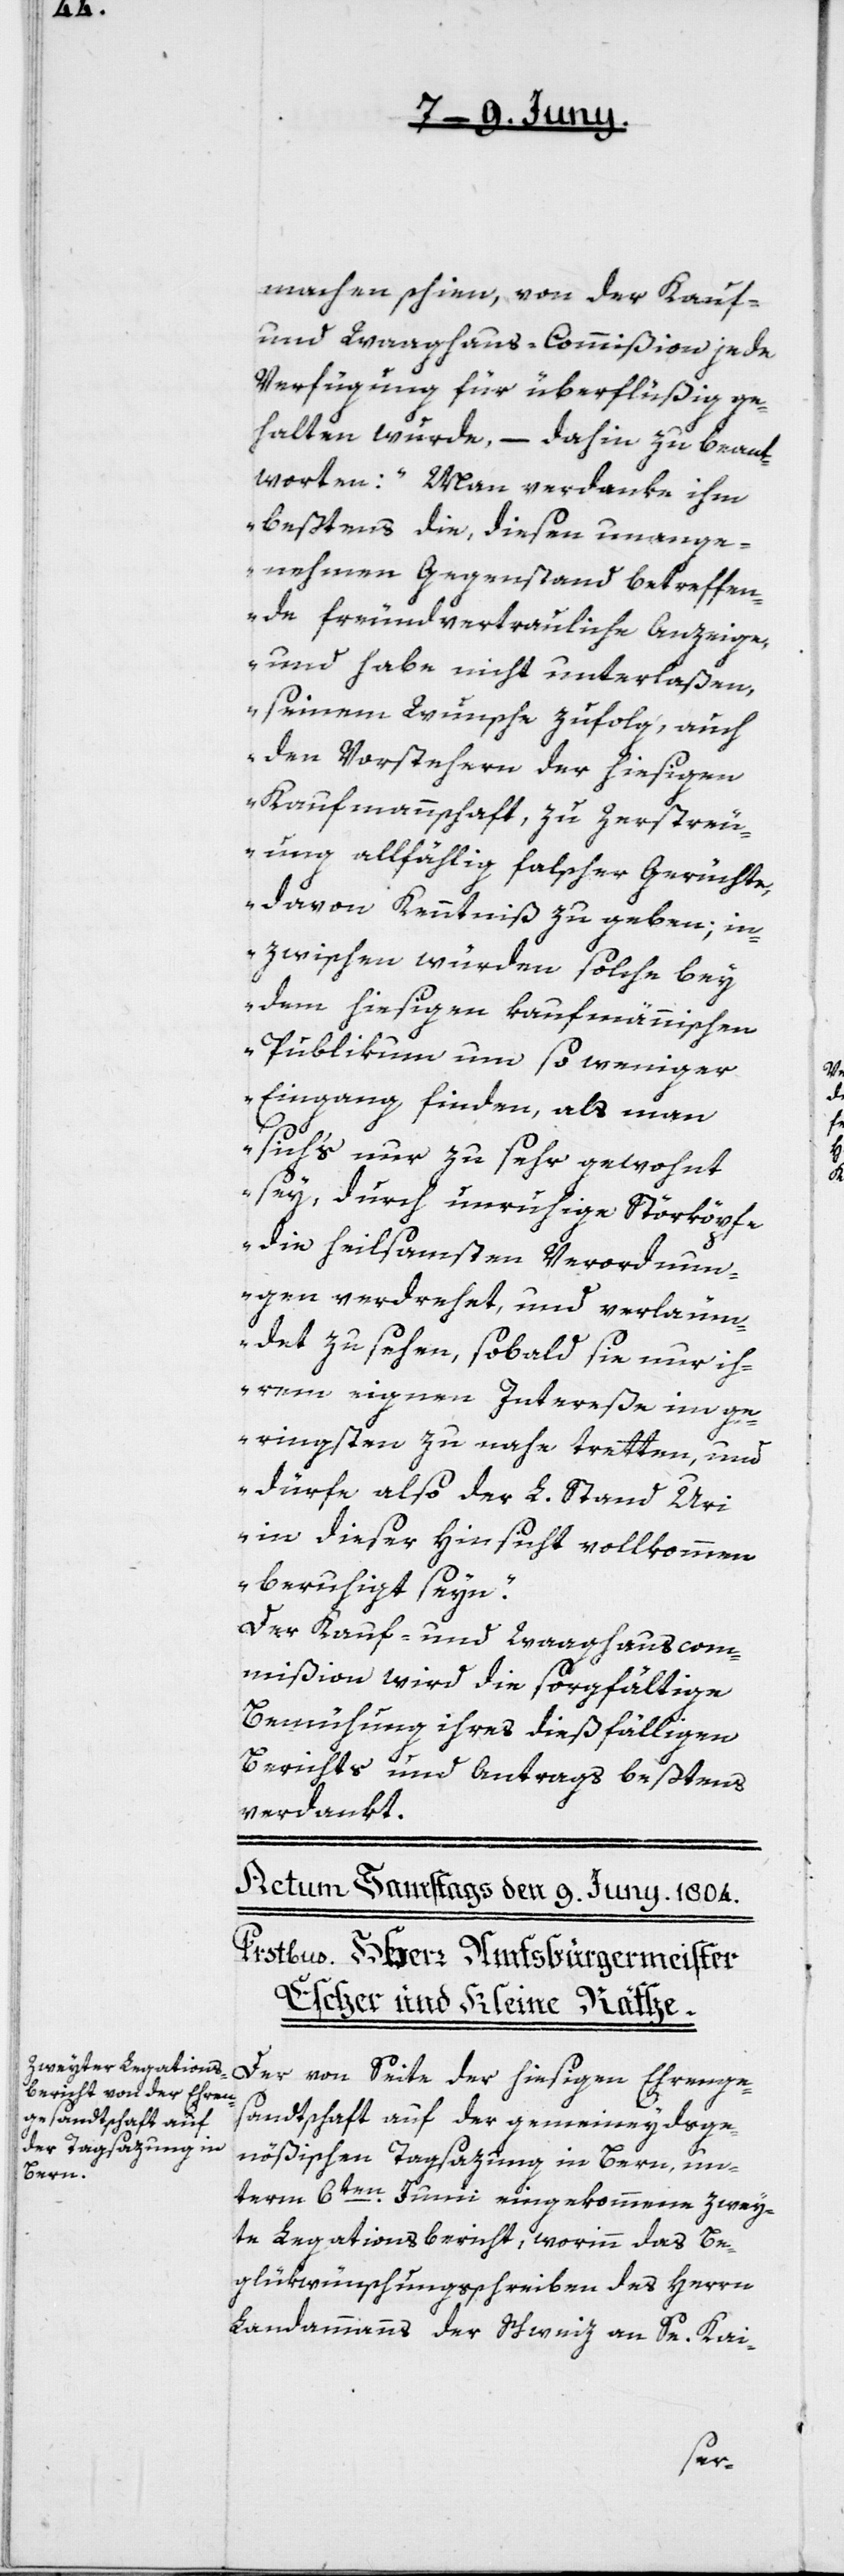
machen schien, von der Kauf-
und Waaghaus-Commißion jede
Verfügung für überflüßig ge¬
halten wurde, – dahin zu beant¬
worten: „Man verdanke ihm
beßtens die, diesen unange¬
nehmen Gegenstand betreffen¬
de freundvertrauliche Anzeige,
und habe nicht unterlaßen,
seinem Wunsche zufolg, auch
den Vorstehern der hiesigen
Kaufmannschaft, zu Zerstreu¬
ung allfählig falscher Gerüchte
davon Kenntniß zu geben; in¬
zwischen würden solche bey
dem hiesigen kaufmännischen
Publikum um so weniger
Eingang finden, als man
sich’s nur zu sehr gewohnt
sey, durch unruhige Störköpfe
die heilsamsten Verordnun¬
gen verdrehet, und verläum¬
det zu sehen, sobald sie nur ih¬
rem eignen Intereße im ge¬
ringsten zu nahe tretten, und
dürfe also der L. Stand Uri
in dieser Hinsicht vollkommen
beruhigt seyn.“
Der Kauf- und Waaghauscom¬
mißion wird die sorgfältige
Bemühung ihres dießfälligen
Berichts und Antrags beßtens
verdankt.
Der von Seite der hiesigen Ehrenge¬
sandtschaft auf der gemeineydsge¬
nößischen Tagsazung in Bern, un¬
term 6ten Junii eingekommene zwey¬
te Legationsbericht, worinn das Be¬
glükwünschungsschreiben des Herrn
Landammanns der Schweiz an Se. Kai-